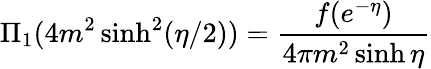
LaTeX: \Pi_{1}(4m^{2}\sinh^{2}(\eta/2))={\frac{f(e^{-\eta})}{4\pi m^{2}\sinh{\eta}}}